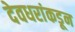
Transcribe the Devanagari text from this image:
देवधरांकडून